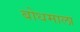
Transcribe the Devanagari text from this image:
बोधमाला